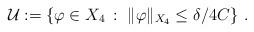
LaTeX: \begin{align*}\mathcal U:=\left\{\varphi\in X_4\,:\,\,\Vert\varphi\Vert_{X_4}\le\delta/4C\right\}\,.\end{align*}